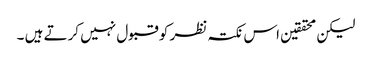
لیکن محققین اس نکتہ نظر کو قبول نہیں کرتے ہیں ۔